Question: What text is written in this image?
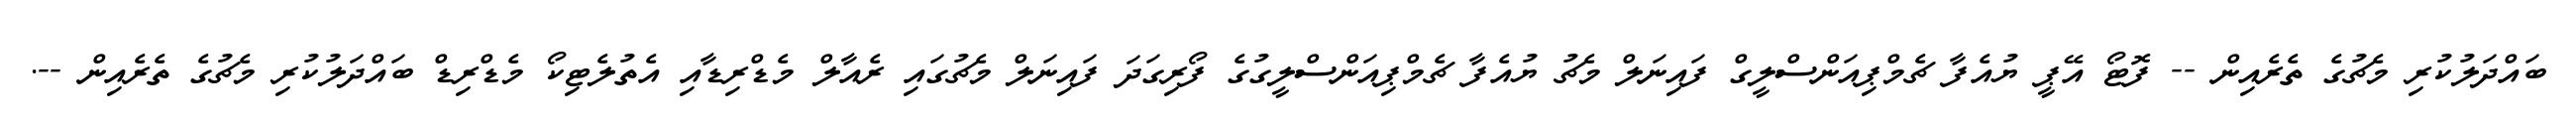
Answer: ބައްދަލުކުރި މެޗުގެ ތެރެއިން -- ފޮޓޯ އޭޕީ ޔުއެފާ ޗެމްޕިއަންސްލީގް ފައިނަލް މެޗު ޔުއެފާ ޗެމްޕިއަންސްލީގުގެ ފޯރިގަދަ ފައިނަލް މެޗުގައި ރެއާލް މެޑްރިޑާއި އެތުލެޓިކޯ މެޑްރިޑް ބައްދަލުކުރި މެޗުގެ ތެރެއިން --.